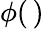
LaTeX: \phi(\, )